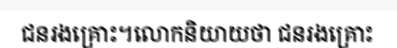
ជនរងគ្រោះ។លោកនិយាយថា ជនរងគ្រោះ